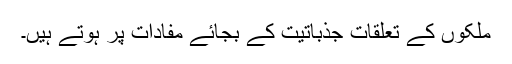
ملکوں کے تعلقات جذباتیت کے بجائے مفادات پر ہوتے ہیں۔